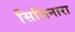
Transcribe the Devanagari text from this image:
सिसिनारा